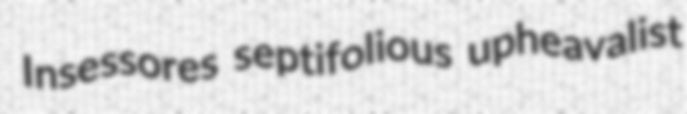
Insessores septifolious upheavalist